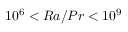
1 0 ^ { 6 } < R a / P r < 1 0 ^ { 9 }